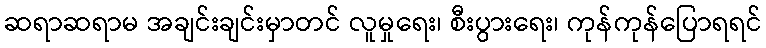
ဆရာဆရာမ အချင်းချင်းမှာတင် လူမှုရေး၊ စီးပွားရေး၊ ကုန်ကုန်ပြောရရင်